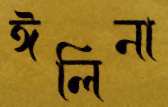
ঈলিনা